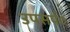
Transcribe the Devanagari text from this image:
उपसर्प०